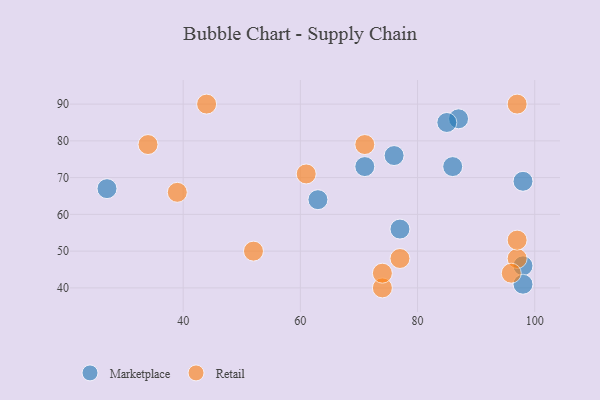
{"axis": {"x": "GDP", "y": "Life Expectancy"}, "legend": ["Marketplace", "Retail"], "data": [{"x": "27", "y": 67, "type": "Marketplace"}, {"x": "63", "y": 64, "type": "Marketplace"}, {"x": "86", "y": 73, "type": "Marketplace"}, {"x": "77", "y": 56, "type": "Marketplace"}, {"x": "98", "y": 46, "type": "Marketplace"}, {"x": "71", "y": 73, "type": "Marketplace"}, {"x": "76", "y": 76, "type": "Marketplace"}, {"x": "98", "y": 41, "type": "Marketplace"}, {"x": "98", "y": 69, "type": "Marketplace"}, {"x": "87", "y": 86, "type": "Marketplace"}, {"x": "85", "y": 85, "type": "Marketplace"}, {"x": "71", "y": 79, "type": "Retail"}, {"x": "97", "y": 48, "type": "Retail"}, {"x": "97", "y": 53, "type": "Retail"}, {"x": "61", "y": 71, "type": "Retail"}, {"x": "39", "y": 66, "type": "Retail"}, {"x": "74", "y": 40, "type": "Retail"}, {"x": "97", "y": 90, "type": "Retail"}, {"x": "74", "y": 44, "type": "Retail"}, {"x": "96", "y": 44, "type": "Retail"}, {"x": "77", "y": 48, "type": "Retail"}, {"x": "44", "y": 90, "type": "Retail"}, {"x": "52", "y": 50, "type": "Retail"}, {"x": "34", "y": 79, "type": "Retail"}]}